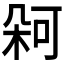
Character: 𭪋